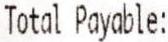
TOTAL PAYABLE: